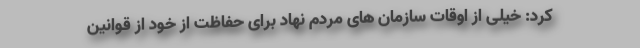
کرد: خیلی از اوقات سازمان های مردم نهاد برای حفاظت از خود از قوانین